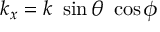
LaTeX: k _ { x } = k ~ \sin \theta ~ \cos \phi